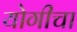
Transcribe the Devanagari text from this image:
योगीचा